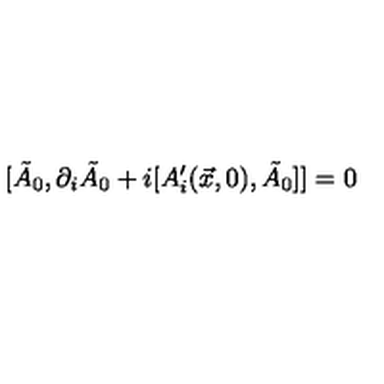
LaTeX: [ \tilde { A } _ { 0 } , \partial _ { i } \tilde { A } _ { 0 } + i [ A _ { i } ^ { \prime } ( \vec { x } , 0 ) , \tilde { A } _ { 0 } ] ] = 0